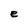
Character: e